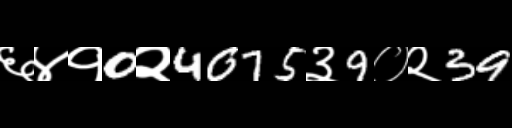
Text: ६४१0२4075३9०२39